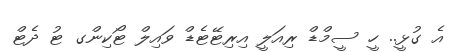
އެ ގުޅީ.. ހީ ސީމްޑް ރިއަލީ އިރިޓޭޓެޑް ވައިލް ޓޯކިންގ ޓު ދެޓް